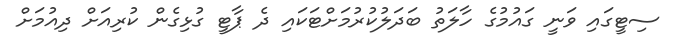
ސިޓީގައި ވަނީ ގައުމުގެ ހާލަތު ބަދަލުކުރުމަށްޓަކައި ދެ ޕާޓީ ގުޅިގެން ކުރިއަށް ދިއުމަށް